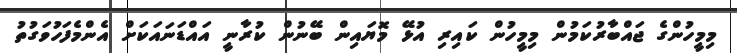
މިމީހުންގެ ޖައްބާރުކަމުން މިމީހުން ކައިރި އުޅޭ މޮޔައިން ބޭނުން ކުރާނީ އައްޑަނައަކަށް އެންމެފަހުވަގުތު